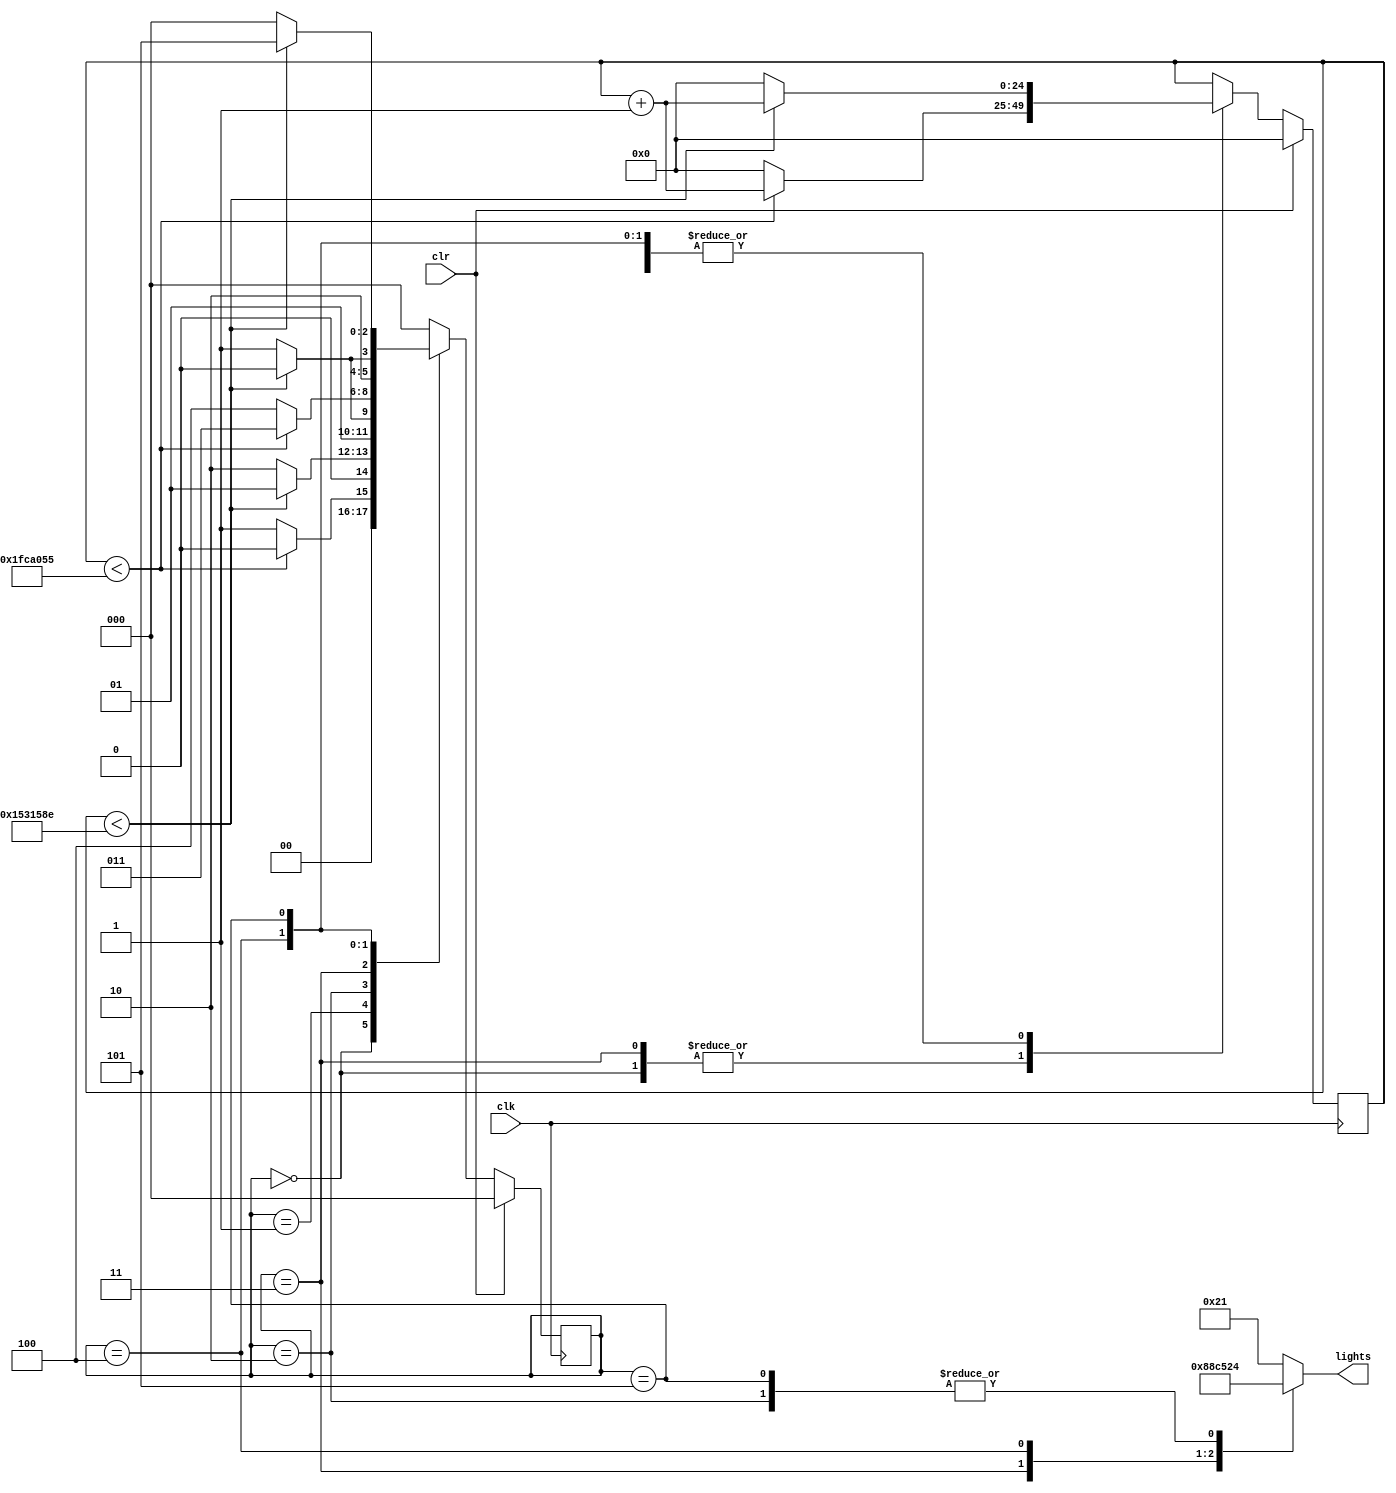
module traf3(
     input wire clk , 
	  input wire clr , 
	  output reg [5:0] lights
	  ); 
	  reg[2:0] state; 
	  reg [24:0] count = 26'd11111111;
	  parameter S0 = 3'b000,
	  S1 =3'b001, S2 = 3'b010, // states
	  S3 = 3'b011, S4 = 3'b100, S5 = 3'b101; 
	  parameter SEC5 = 26'd33333333, SEC1 = 26'd22222222; // delays 
	  always @(posedge clk )
begin 
if (clr == 1) 
begin 
state <= S0; 
count <= 0; 
end 
else 
case(state) 
S0: if(count < SEC5) 
begin
 state <= S0; 
count <= count + 1; 
end 
else 
begin 
state <= S1; 
count <= 0; 
end
S1: if(count < SEC1) 
begin 
state <= S1; 
count <= count + 1; 
end
 else 
 begin state <= S2; 
 count <= 0; 
 end 
 S2: if(count < SEC1) 
 begin 
 state <= S2; 
 count <= count + 1; 
 end 
 else 
 begin state <= S3; 
 count <= 0; 
 end
S3: if(count < SEC5) 
begin 
state <= S3; 
count <= count + 1; 
end 
else 
begin 
state <= S4;
 count <= 0; 
 end
S4: if(count < SEC1)
 begin 
 state <= S4;
 count <= count + 1; 
 end 
 else
 begin 
 state <= S5; 
 count <= 0; 
 end
S5: if(count < SEC1)
 begin 
 state <= S5;
 count <= count + 1; 
 end 
 else 
 begin 
 state <= S0; 
 count <= 0; 
 end 
 default state <= S0; 
 endcase
 end
always @(*) 
begin 
case(state) 
S0: lights = 6'b100001; 
S1: lights = 6'b100010; 
S2: lights = 6'b100100; 
S3: lights = 6'b001100; 
S4: lights = 6'b010100; 
S5: lights = 6'b100100; 
default lights = 6'b100001; 
endcase 
end 
endmodule